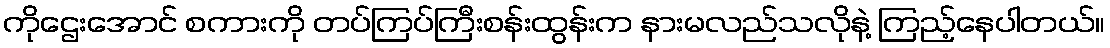
ကိုဌေးအောင် စကားကို တပ်ကြပ်ကြီးစန်းထွန်းက နားမလည်သလိုနဲ့ ကြည့်နေပါတယ်။